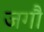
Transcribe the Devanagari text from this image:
जगौ